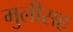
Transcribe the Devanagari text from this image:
मुलीसह